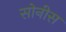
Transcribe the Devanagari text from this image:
सोनीस